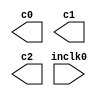
// megafunction wizard: %ALTPLL%VBB%
// GENERATION: STANDARD
// VERSION: WM1.0
// MODULE: altpll 

// ============================================================
// Megafunction Name(s):
// 			altpll
//
// Simulation Library Files(s):
// 			altera_mf
// ============================================================
// ************************************************************
// THIS IS A WIZARD-GENERATED FILE. DO NOT EDIT THIS FILE!
//
// 15.0.0 Build 145 04/22/2015 SJ Full Version
// ************************************************************

//Copyright (C) 1991-2015 Altera Corporation. All rights reserved.
//Your use of Altera Corporation's design tools, logic functions 
//and other software and tools, and its AMPP partner logic 
//functions, and any output files from any of the foregoing 
//(including device programming or simulation files), and any 
//associated documentation or information are expressly subject 
//to the terms and conditions of the Altera Program License 
//Subscription Agreement, the Altera Quartus II License Agreement,
//the Altera MegaCore Function License Agreement, or other 
//applicable license agreement, including, without limitation, 
//that your use is for the sole purpose of programming logic 
//devices manufactured by Altera and sold by Altera or its 
//authorized distributors.  Please refer to the applicable 
//agreement for further details.

module AUDIO_PLL (
	inclk0,
	c0,
	c1,
	c2);

	input	  inclk0;
	output	  c0;
	output	  c1;
	output	  c2;

endmodule

// ============================================================
// CNX file retrieval info
// ============================================================
// Retrieval info: PRIVATE: ACTIVECLK_CHECK STRING "0"
// Retrieval info: PRIVATE: BANDWIDTH STRING "1.000"
// Retrieval info: PRIVATE: BANDWIDTH_FEATURE_ENABLED STRING "1"
// Retrieval info: PRIVATE: BANDWIDTH_FREQ_UNIT STRING "MHz"
// Retrieval info: PRIVATE: BANDWIDTH_PRESET STRING "Low"
// Retrieval info: PRIVATE: BANDWIDTH_USE_AUTO STRING "1"
// Retrieval info: PRIVATE: BANDWIDTH_USE_PRESET STRING "0"
// Retrieval info: PRIVATE: CLKBAD_SWITCHOVER_CHECK STRING "0"
// Retrieval info: PRIVATE: CLKLOSS_CHECK STRING "0"
// Retrieval info: PRIVATE: CLKSWITCH_CHECK STRING "0"
// Retrieval info: PRIVATE: CNX_NO_COMPENSATE_RADIO STRING "0"
// Retrieval info: PRIVATE: CREATE_CLKBAD_CHECK STRING "0"
// Retrieval info: PRIVATE: CREATE_INCLK1_CHECK STRING "0"
// Retrieval info: PRIVATE: CUR_DEDICATED_CLK STRING "c0"
// Retrieval info: PRIVATE: CUR_FBIN_CLK STRING "c0"
// Retrieval info: PRIVATE: DEVICE_SPEED_GRADE STRING "Any"
// Retrieval info: PRIVATE: DIV_FACTOR0 NUMERIC "1"
// Retrieval info: PRIVATE: DIV_FACTOR1 NUMERIC "1"
// Retrieval info: PRIVATE: DIV_FACTOR2 NUMERIC "1"
// Retrieval info: PRIVATE: DUTY_CYCLE0 STRING "50.00000000"
// Retrieval info: PRIVATE: DUTY_CYCLE1 STRING "50.00000000"
// Retrieval info: PRIVATE: DUTY_CYCLE2 STRING "50.00000000"
// Retrieval info: PRIVATE: EFF_OUTPUT_FREQ_VALUE0 STRING "49.152000"
// Retrieval info: PRIVATE: EFF_OUTPUT_FREQ_VALUE1 STRING "98.304001"
// Retrieval info: PRIVATE: EFF_OUTPUT_FREQ_VALUE2 STRING "31.000000"
// Retrieval info: PRIVATE: EXPLICIT_SWITCHOVER_COUNTER STRING "0"
// Retrieval info: PRIVATE: EXT_FEEDBACK_RADIO STRING "0"
// Retrieval info: PRIVATE: GLOCKED_COUNTER_EDIT_CHANGED STRING "1"
// Retrieval info: PRIVATE: GLOCKED_FEATURE_ENABLED STRING "0"
// Retrieval info: PRIVATE: GLOCKED_MODE_CHECK STRING "0"
// Retrieval info: PRIVATE: GLOCK_COUNTER_EDIT NUMERIC "1048575"
// Retrieval info: PRIVATE: HAS_MANUAL_SWITCHOVER STRING "1"
// Retrieval info: PRIVATE: INCLK0_FREQ_EDIT STRING "50.000"
// Retrieval info: PRIVATE: INCLK0_FREQ_UNIT_COMBO STRING "MHz"
// Retrieval info: PRIVATE: INCLK1_FREQ_EDIT STRING "100.000"
// Retrieval info: PRIVATE: INCLK1_FREQ_EDIT_CHANGED STRING "1"
// Retrieval info: PRIVATE: INCLK1_FREQ_UNIT_CHANGED STRING "1"
// Retrieval info: PRIVATE: INCLK1_FREQ_UNIT_COMBO STRING "MHz"
// Retrieval info: PRIVATE: INTENDED_DEVICE_FAMILY STRING "MAX 10"
// Retrieval info: PRIVATE: INT_FEEDBACK__MODE_RADIO STRING "1"
// Retrieval info: PRIVATE: LOCKED_OUTPUT_CHECK STRING "0"
// Retrieval info: PRIVATE: LONG_SCAN_RADIO STRING "1"
// Retrieval info: PRIVATE: LVDS_MODE_DATA_RATE STRING "Not Available"
// Retrieval info: PRIVATE: LVDS_MODE_DATA_RATE_DIRTY NUMERIC "0"
// Retrieval info: PRIVATE: LVDS_PHASE_SHIFT_UNIT0 STRING "deg"
// Retrieval info: PRIVATE: LVDS_PHASE_SHIFT_UNIT1 STRING "ps"
// Retrieval info: PRIVATE: LVDS_PHASE_SHIFT_UNIT2 STRING "ps"
// Retrieval info: PRIVATE: MIG_DEVICE_SPEED_GRADE STRING "Any"
// Retrieval info: PRIVATE: MIRROR_CLK0 STRING "0"
// Retrieval info: PRIVATE: MIRROR_CLK1 STRING "0"
// Retrieval info: PRIVATE: MIRROR_CLK2 STRING "0"
// Retrieval info: PRIVATE: MULT_FACTOR0 NUMERIC "1"
// Retrieval info: PRIVATE: MULT_FACTOR1 NUMERIC "1"
// Retrieval info: PRIVATE: MULT_FACTOR2 NUMERIC "1"
// Retrieval info: PRIVATE: NORMAL_MODE_RADIO STRING "1"
// Retrieval info: PRIVATE: OUTPUT_FREQ0 STRING "49.15200000"
// Retrieval info: PRIVATE: OUTPUT_FREQ1 STRING "98.30400000"
// Retrieval info: PRIVATE: OUTPUT_FREQ2 STRING "31.00000000"
// Retrieval info: PRIVATE: OUTPUT_FREQ_MODE0 STRING "1"
// Retrieval info: PRIVATE: OUTPUT_FREQ_MODE1 STRING "1"
// Retrieval info: PRIVATE: OUTPUT_FREQ_MODE2 STRING "1"
// Retrieval info: PRIVATE: OUTPUT_FREQ_UNIT0 STRING "MHz"
// Retrieval info: PRIVATE: OUTPUT_FREQ_UNIT1 STRING "MHz"
// Retrieval info: PRIVATE: OUTPUT_FREQ_UNIT2 STRING "MHz"
// Retrieval info: PRIVATE: PHASE_RECONFIG_FEATURE_ENABLED STRING "1"
// Retrieval info: PRIVATE: PHASE_RECONFIG_INPUTS_CHECK STRING "0"
// Retrieval info: PRIVATE: PHASE_SHIFT0 STRING "0.00000000"
// Retrieval info: PRIVATE: PHASE_SHIFT1 STRING "0.00000000"
// Retrieval info: PRIVATE: PHASE_SHIFT2 STRING "0.00000000"
// Retrieval info: PRIVATE: PHASE_SHIFT_STEP_ENABLED_CHECK STRING "0"
// Retrieval info: PRIVATE: PHASE_SHIFT_UNIT0 STRING "deg"
// Retrieval info: PRIVATE: PHASE_SHIFT_UNIT1 STRING "ps"
// Retrieval info: PRIVATE: PHASE_SHIFT_UNIT2 STRING "ps"
// Retrieval info: PRIVATE: PLL_ADVANCED_PARAM_CHECK STRING "0"
// Retrieval info: PRIVATE: PLL_ARESET_CHECK STRING "0"
// Retrieval info: PRIVATE: PLL_AUTOPLL_CHECK NUMERIC "1"
// Retrieval info: PRIVATE: PLL_ENHPLL_CHECK NUMERIC "0"
// Retrieval info: PRIVATE: PLL_FASTPLL_CHECK NUMERIC "0"
// Retrieval info: PRIVATE: PLL_FBMIMIC_CHECK STRING "0"
// Retrieval info: PRIVATE: PLL_LVDS_PLL_CHECK NUMERIC "0"
// Retrieval info: PRIVATE: PLL_PFDENA_CHECK STRING "0"
// Retrieval info: PRIVATE: PLL_TARGET_HARCOPY_CHECK NUMERIC "0"
// Retrieval info: PRIVATE: PRIMARY_CLK_COMBO STRING "inclk0"
// Retrieval info: PRIVATE: RECONFIG_FILE STRING "AUDIO_PLL.mif"
// Retrieval info: PRIVATE: SACN_INPUTS_CHECK STRING "0"
// Retrieval info: PRIVATE: SCAN_FEATURE_ENABLED STRING "1"
// Retrieval info: PRIVATE: SELF_RESET_LOCK_LOSS STRING "0"
// Retrieval info: PRIVATE: SHORT_SCAN_RADIO STRING "0"
// Retrieval info: PRIVATE: SPREAD_FEATURE_ENABLED STRING "0"
// Retrieval info: PRIVATE: SPREAD_FREQ STRING "50.000"
// Retrieval info: PRIVATE: SPREAD_FREQ_UNIT STRING "KHz"
// Retrieval info: PRIVATE: SPREAD_PERCENT STRING "0.500"
// Retrieval info: PRIVATE: SPREAD_USE STRING "0"
// Retrieval info: PRIVATE: SRC_SYNCH_COMP_RADIO STRING "0"
// Retrieval info: PRIVATE: STICKY_CLK0 STRING "1"
// Retrieval info: PRIVATE: STICKY_CLK1 STRING "1"
// Retrieval info: PRIVATE: STICKY_CLK2 STRING "1"
// Retrieval info: PRIVATE: SWITCHOVER_COUNT_EDIT NUMERIC "1"
// Retrieval info: PRIVATE: SWITCHOVER_FEATURE_ENABLED STRING "1"
// Retrieval info: PRIVATE: SYNTH_WRAPPER_GEN_POSTFIX STRING "1"
// Retrieval info: PRIVATE: USE_CLK0 STRING "1"
// Retrieval info: PRIVATE: USE_CLK1 STRING "1"
// Retrieval info: PRIVATE: USE_CLK2 STRING "1"
// Retrieval info: PRIVATE: USE_CLKENA0 STRING "0"
// Retrieval info: PRIVATE: USE_CLKENA1 STRING "0"
// Retrieval info: PRIVATE: USE_CLKENA2 STRING "0"
// Retrieval info: PRIVATE: USE_MIL_SPEED_GRADE NUMERIC "0"
// Retrieval info: PRIVATE: ZERO_DELAY_RADIO STRING "0"
// Retrieval info: LIBRARY: altera_mf altera_mf.altera_mf_components.all
// Retrieval info: CONSTANT: BANDWIDTH_TYPE STRING "AUTO"
// Retrieval info: CONSTANT: CLK0_DIVIDE_BY NUMERIC "3125"
// Retrieval info: CONSTANT: CLK0_DUTY_CYCLE NUMERIC "50"
// Retrieval info: CONSTANT: CLK0_MULTIPLY_BY NUMERIC "3072"
// Retrieval info: CONSTANT: CLK0_PHASE_SHIFT STRING "0"
// Retrieval info: CONSTANT: CLK1_DIVIDE_BY NUMERIC "3125"
// Retrieval info: CONSTANT: CLK1_DUTY_CYCLE NUMERIC "50"
// Retrieval info: CONSTANT: CLK1_MULTIPLY_BY NUMERIC "6144"
// Retrieval info: CONSTANT: CLK1_PHASE_SHIFT STRING "0"
// Retrieval info: CONSTANT: CLK2_DIVIDE_BY NUMERIC "50"
// Retrieval info: CONSTANT: CLK2_DUTY_CYCLE NUMERIC "50"
// Retrieval info: CONSTANT: CLK2_MULTIPLY_BY NUMERIC "31"
// Retrieval info: CONSTANT: CLK2_PHASE_SHIFT STRING "0"
// Retrieval info: CONSTANT: COMPENSATE_CLOCK STRING "CLK0"
// Retrieval info: CONSTANT: INCLK0_INPUT_FREQUENCY NUMERIC "20000"
// Retrieval info: CONSTANT: INTENDED_DEVICE_FAMILY STRING "MAX 10"
// Retrieval info: CONSTANT: LPM_TYPE STRING "altpll"
// Retrieval info: CONSTANT: OPERATION_MODE STRING "NORMAL"
// Retrieval info: CONSTANT: PLL_TYPE STRING "AUTO"
// Retrieval info: CONSTANT: PORT_ACTIVECLOCK STRING "PORT_UNUSED"
// Retrieval info: CONSTANT: PORT_ARESET STRING "PORT_UNUSED"
// Retrieval info: CONSTANT: PORT_CLKBAD0 STRING "PORT_UNUSED"
// Retrieval info: CONSTANT: PORT_CLKBAD1 STRING "PORT_UNUSED"
// Retrieval info: CONSTANT: PORT_CLKLOSS STRING "PORT_UNUSED"
// Retrieval info: CONSTANT: PORT_CLKSWITCH STRING "PORT_UNUSED"
// Retrieval info: CONSTANT: PORT_CONFIGUPDATE STRING "PORT_UNUSED"
// Retrieval info: CONSTANT: PORT_FBIN STRING "PORT_UNUSED"
// Retrieval info: CONSTANT: PORT_INCLK0 STRING "PORT_USED"
// Retrieval info: CONSTANT: PORT_INCLK1 STRING "PORT_UNUSED"
// Retrieval info: CONSTANT: PORT_LOCKED STRING "PORT_UNUSED"
// Retrieval info: CONSTANT: PORT_PFDENA STRING "PORT_UNUSED"
// Retrieval info: CONSTANT: PORT_PHASECOUNTERSELECT STRING "PORT_UNUSED"
// Retrieval info: CONSTANT: PORT_PHASEDONE STRING "PORT_UNUSED"
// Retrieval info: CONSTANT: PORT_PHASESTEP STRING "PORT_UNUSED"
// Retrieval info: CONSTANT: PORT_PHASEUPDOWN STRING "PORT_UNUSED"
// Retrieval info: CONSTANT: PORT_PLLENA STRING "PORT_UNUSED"
// Retrieval info: CONSTANT: PORT_SCANACLR STRING "PORT_UNUSED"
// Retrieval info: CONSTANT: PORT_SCANCLK STRING "PORT_UNUSED"
// Retrieval info: CONSTANT: PORT_SCANCLKENA STRING "PORT_UNUSED"
// Retrieval info: CONSTANT: PORT_SCANDATA STRING "PORT_UNUSED"
// Retrieval info: CONSTANT: PORT_SCANDATAOUT STRING "PORT_UNUSED"
// Retrieval info: CONSTANT: PORT_SCANDONE STRING "PORT_UNUSED"
// Retrieval info: CONSTANT: PORT_SCANREAD STRING "PORT_UNUSED"
// Retrieval info: CONSTANT: PORT_SCANWRITE STRING "PORT_UNUSED"
// Retrieval info: CONSTANT: PORT_clk0 STRING "PORT_USED"
// Retrieval info: CONSTANT: PORT_clk1 STRING "PORT_USED"
// Retrieval info: CONSTANT: PORT_clk2 STRING "PORT_USED"
// Retrieval info: CONSTANT: PORT_clk3 STRING "PORT_UNUSED"
// Retrieval info: CONSTANT: PORT_clk4 STRING "PORT_UNUSED"
// Retrieval info: CONSTANT: PORT_clk5 STRING "PORT_UNUSED"
// Retrieval info: CONSTANT: PORT_clkena0 STRING "PORT_UNUSED"
// Retrieval info: CONSTANT: PORT_clkena1 STRING "PORT_UNUSED"
// Retrieval info: CONSTANT: PORT_clkena2 STRING "PORT_UNUSED"
// Retrieval info: CONSTANT: PORT_clkena3 STRING "PORT_UNUSED"
// Retrieval info: CONSTANT: PORT_clkena4 STRING "PORT_UNUSED"
// Retrieval info: CONSTANT: PORT_clkena5 STRING "PORT_UNUSED"
// Retrieval info: CONSTANT: PORT_extclk0 STRING "PORT_UNUSED"
// Retrieval info: CONSTANT: PORT_extclk1 STRING "PORT_UNUSED"
// Retrieval info: CONSTANT: PORT_extclk2 STRING "PORT_UNUSED"
// Retrieval info: CONSTANT: PORT_extclk3 STRING "PORT_UNUSED"
// Retrieval info: CONSTANT: WIDTH_CLOCK NUMERIC "5"
// Retrieval info: USED_PORT: @clk 0 0 5 0 OUTPUT_CLK_EXT VCC "@clk[4..0]"
// Retrieval info: USED_PORT: c0 0 0 0 0 OUTPUT_CLK_EXT VCC "c0"
// Retrieval info: USED_PORT: c1 0 0 0 0 OUTPUT_CLK_EXT VCC "c1"
// Retrieval info: USED_PORT: c2 0 0 0 0 OUTPUT_CLK_EXT VCC "c2"
// Retrieval info: USED_PORT: inclk0 0 0 0 0 INPUT_CLK_EXT GND "inclk0"
// Retrieval info: CONNECT: @inclk 0 0 1 1 GND 0 0 0 0
// Retrieval info: CONNECT: @inclk 0 0 1 0 inclk0 0 0 0 0
// Retrieval info: CONNECT: c0 0 0 0 0 @clk 0 0 1 0
// Retrieval info: CONNECT: c1 0 0 0 0 @clk 0 0 1 1
// Retrieval info: CONNECT: c2 0 0 0 0 @clk 0 0 1 2
// Retrieval info: GEN_FILE: TYPE_NORMAL AUDIO_PLL.v TRUE
// Retrieval info: GEN_FILE: TYPE_NORMAL AUDIO_PLL.ppf TRUE
// Retrieval info: GEN_FILE: TYPE_NORMAL AUDIO_PLL.inc FALSE
// Retrieval info: GEN_FILE: TYPE_NORMAL AUDIO_PLL.cmp FALSE
// Retrieval info: GEN_FILE: TYPE_NORMAL AUDIO_PLL.bsf FALSE
// Retrieval info: GEN_FILE: TYPE_NORMAL AUDIO_PLL_inst.v FALSE
// Retrieval info: GEN_FILE: TYPE_NORMAL AUDIO_PLL_bb.v TRUE
// Retrieval info: GEN_FILE: TYPE_NORMAL AUDIO_PLL_syn.v TRUE
// Retrieval info: LIB_FILE: altera_mf
// Retrieval info: CBX_MODULE_PREFIX: ON